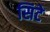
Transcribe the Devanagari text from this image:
सिटे